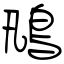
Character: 鳵